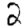
Digit: 2